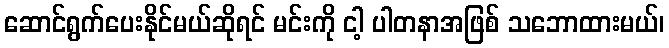
ဆောင်ရွက်ပေးနိုင်မယ်ဆိုရင် မင်းကို ငါ့ ပါတနာအဖြစ် သဘောထားမယ်၊